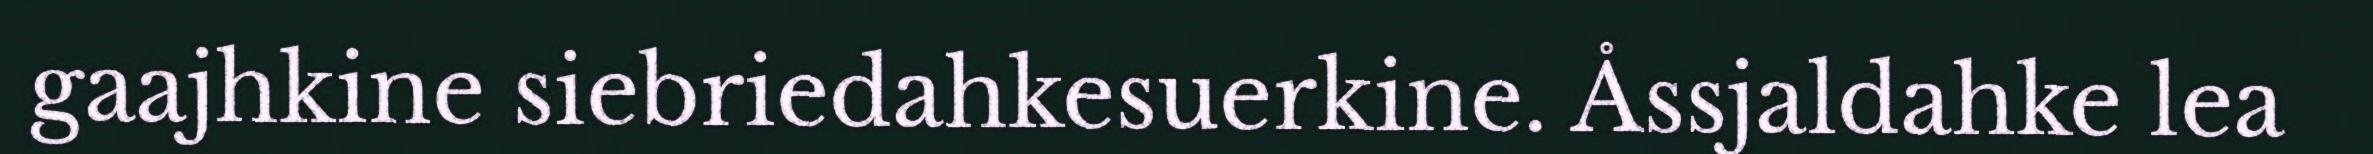
gaajhkine siebriedahkesuerkine. Åssjaldahke lea